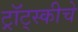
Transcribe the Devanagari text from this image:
ट्रॉट्स्कीचे